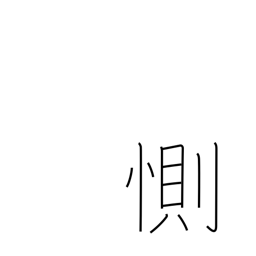
Meaning: be sad